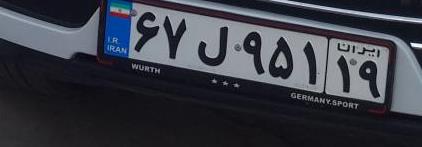
۶۷ل۹۵۱۱۹